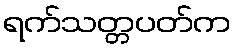
ရက်သတ္တပတ်က